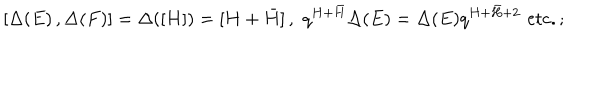
LaTeX: [ \Delta ( E ) \, , \Delta ( F ) ] = \Delta ( [ H ] ) = [ H + \bar { H } ] \, , \, \, q ^ { H + \bar { H } } \Delta ( E ) = \Delta ( E ) q ^ { H + \bar { H } + 2 } \, \, \mathrm { { e t c . } } \, ;